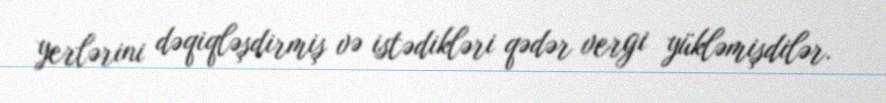
yerlərini dəqiqləşdirmiş və istədikləri qədər vergi yükləmişdilər.